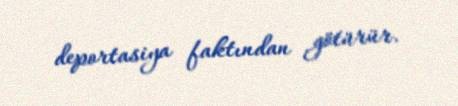
deportasiya faktından götürür.